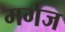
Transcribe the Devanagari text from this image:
मर्गज